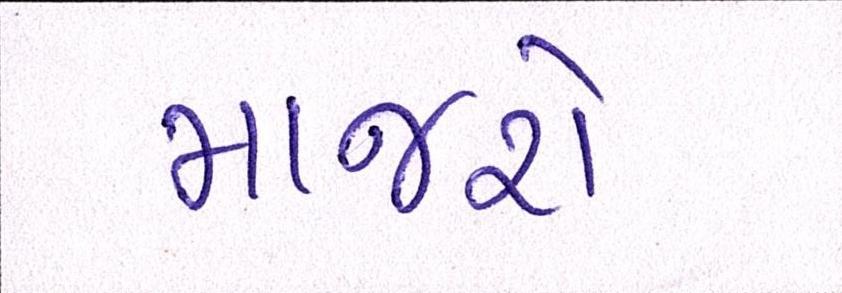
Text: માજરો